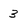
Character: 3